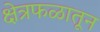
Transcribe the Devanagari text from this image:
क्षेत्रफळातून